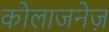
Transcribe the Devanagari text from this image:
कोलाजनेज़